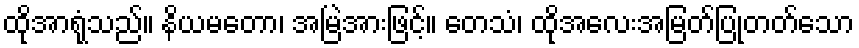
ထိုအာရုံသည်။ နိယမတော၊ အမြဲအားဖြင့်။ တေသံ၊ ထိုအလေးအမြတ်ပြုတတ်သော